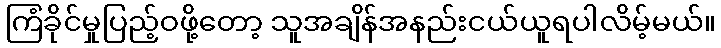
ကြံခိုင်မှုပြည့်ဝဖို့တော့ သူအချိန်အနည်းငယ်ယူရပါလိမ့်မယ်။